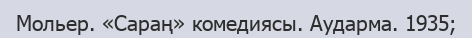
Мольер. «Сараң» комедиясы. Аударма. 1935;